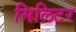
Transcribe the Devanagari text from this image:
मिलिटर